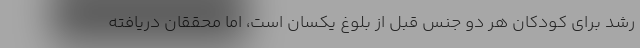
رشد برای کودکان هر دو جنس قبل از بلوغ یکسان است، اما محققان دریافته